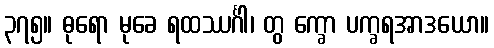
၃၇၅။ ဓုရော မုခေ ရထဿင်္ဂါ၊ တွ က္ခော ပက္ခရအာဒယော။